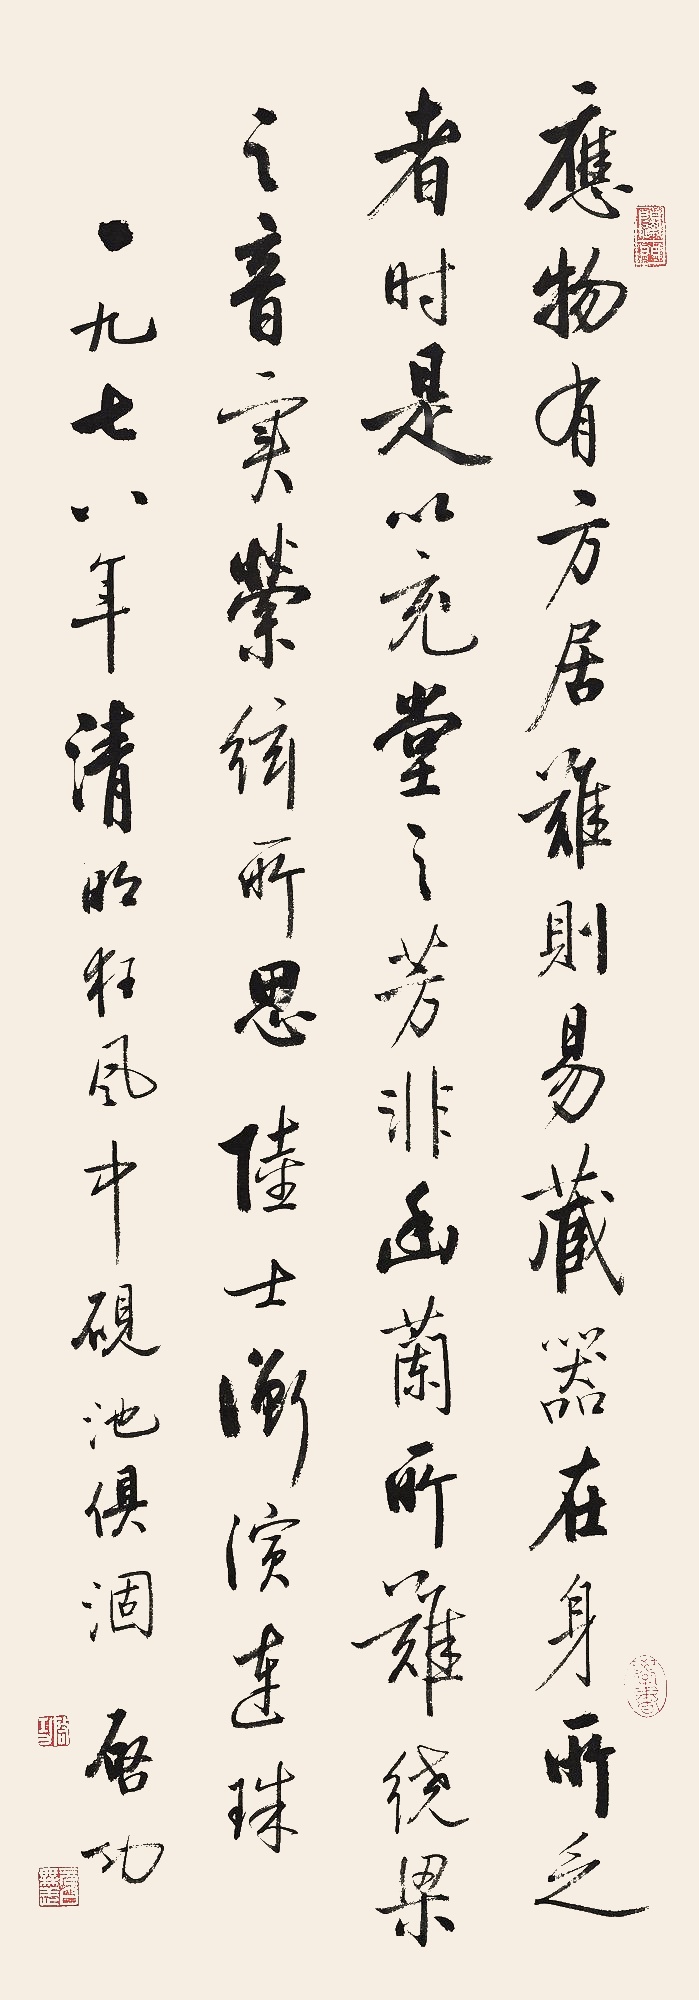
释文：应物有方,居难则易;藏器在身,所乏者时。是以充堂之芳,非幽兰所难;绕梁之音,实萦弦所思。陆士衡《演连珠》。一九七八年清明狂风中砚池俱涸，启功。